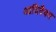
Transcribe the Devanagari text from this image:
आदिदैवत